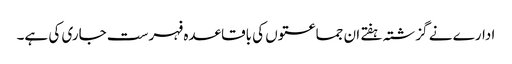
ادارے نے گزشتہ ہفتے ان جماعتوں کی باقاعدہ فہرست جاری کی ہے۔